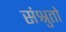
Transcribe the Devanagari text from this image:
संश्रुतो